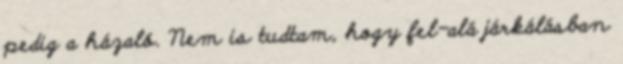
pedig a házaló. Nem is tudtam, hogy fel-alá járkálásban